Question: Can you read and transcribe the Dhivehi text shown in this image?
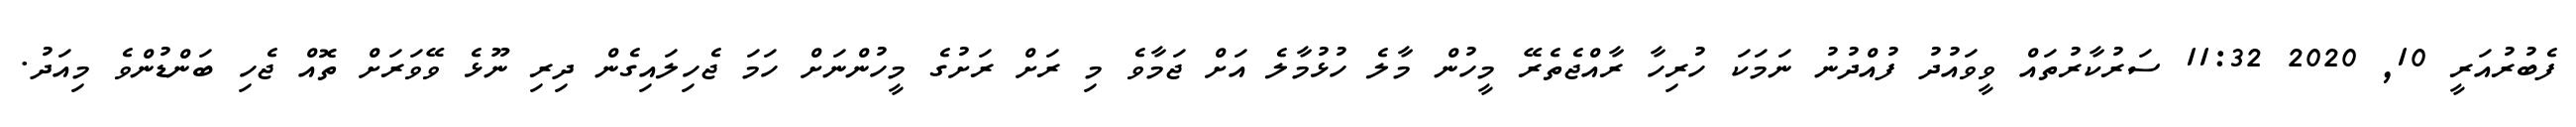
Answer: ފެބުރުއަރީ 10, 2020 11:32 ސަރުކާރުތައް ވީވައުދު ފުއްދުނު ނަމަކަ ހުރިހާ ރާއްޖެތެރޭ މީހުން މާލެ ހުޅުމާލެ އަށް ޖަމާވެ މި ރަށް ރަށުގެ މީހުންނަށް ހަމަ ޖެހިލައިގެން ދިރި ނޫޅެ ވޭވަރަށް ތޮއް ޖެހި ބަންޑުންވެ މިއަދު.